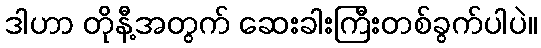
ဒါဟာ တိုနီ့အတွက် ဆေးခါးကြီးတစ်ခွက်ပါပဲ။